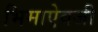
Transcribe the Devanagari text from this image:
भिमाऐवजी